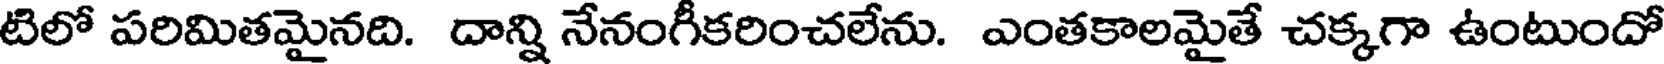
టిలో పరిమితమైనది. దాన్ని నేనంగీకరించలేను. ఎంతకాలమైతే చక్కగా ఉంటుందో